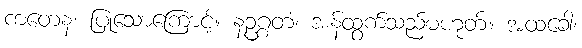
ကတေန၊ ပြုသောကြောင့်။ နဥဂ္ဂတံ၊ အန်ထွက်သည်မဟုတ်။ အထခေါ၊